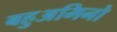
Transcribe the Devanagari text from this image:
बहुअमिनो